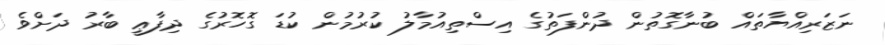
ނަޒަރިއްޔާތައް ބުނާގޮތުން ދުންފަތުގެ އިސްތިއުމާލު ކުރުމުން ކުޑަ ގޮހޮރުގެ ދިފާޢީ ބާރު ދަށްވެ